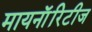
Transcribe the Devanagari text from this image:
मायनाॅरिटीज